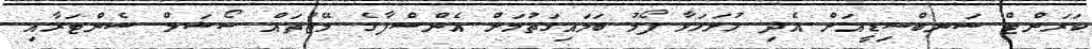
ކަރަންޓް ސަނބްސިޑީއަށް އެދި ހުށަހަޅާ ފޯމު ބަލައިގަތުމަށް އެންސްޕާގެ މޭޒުތައް ސޯޝަލް ސެންޓަރާއި